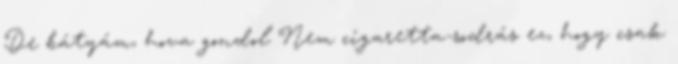
De bátyám, hova gondol Nem cigaretta-sodrás ez, hogy csak